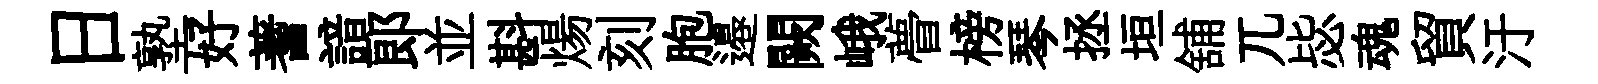
日塾好蓍諳郞並斟煬刻胞邉闕峨瞢榜琴拯垣舖兀毖魂貿汙